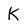
Character: k